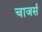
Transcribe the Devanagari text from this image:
चाजर्स